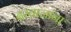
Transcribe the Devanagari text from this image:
दरवाजांना